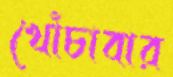
খোঁচাবার